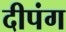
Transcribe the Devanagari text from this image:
दीपंग